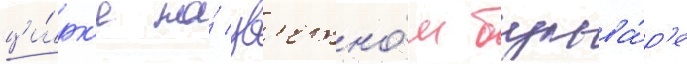
ци́рк'е на́ цв'етно́м бульва́р'е